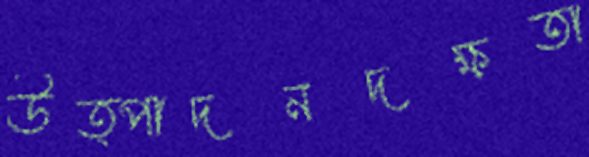
উত্পাদনদক্ষতা